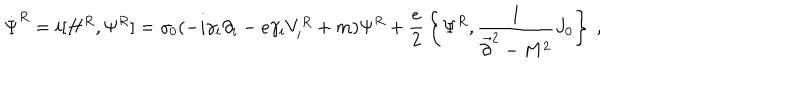
LaTeX: \dot { \Psi } ^ { R } = i [ H ^ { R } , \Psi ^ { R } ] = \gamma _ { 0 } ( - i \gamma _ { i } \partial _ { i } - e \gamma _ { i } V _ { i } ^ { R } + m ) \Psi ^ { R } + { \frac { e } { 2 } } \left\{ \Psi ^ { R } , { \frac { 1 } { \vec { \partial } ^ { 2 } - M ^ { 2 } } } J _ { 0 } \right\} ~ ,